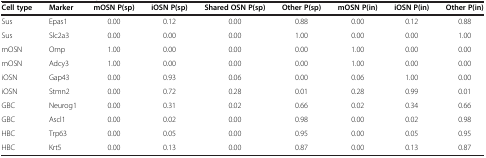
<table><thead><tr><td><b>Cell type</b></td><td><b>Marker</b></td><td><b>mOSN P(sp)</b></td><td><b>iOSN P(sp)</b></td><td><b>Shared OSN P(sp)</b></td><td><b>Other P(sp)</b></td><td><b>mOSN P(in)</b></td><td><b>iOSN P(in)</b></td><td><b>Other P(in)</b></td></tr></thead><tbody><tr><td>Sus</td><td>Epas1</td><td>0.00</td><td>0.12</td><td>0.00</td><td>0.88</td><td>0.00</td><td>0.12</td><td>0.88</td></tr><tr><td>Sus</td><td>Slc2a3</td><td>0.00</td><td>0.00</td><td>0.00</td><td>1.00</td><td>0.00</td><td>0.00</td><td>1.00</td></tr><tr><td>mOSN</td><td>Omp</td><td>1.00</td><td>0.00</td><td>0.00</td><td>0.00</td><td>1.00</td><td>0.00</td><td>0.00</td></tr><tr><td>mOSN</td><td>Adcy3</td><td>1.00</td><td>0.00</td><td>0.00</td><td>0.00</td><td>1.00</td><td>0.00</td><td>0.00</td></tr><tr><td>iOSN</td><td>Gap43</td><td>0.00</td><td>0.93</td><td>0.06</td><td>0.00</td><td>0.06</td><td>1.00</td><td>0.00</td></tr><tr><td>iOSN</td><td>Stmn2</td><td>0.00</td><td>0.72</td><td>0.28</td><td>0.01</td><td>0.28</td><td>0.99</td><td>0.01</td></tr><tr><td>GBC</td><td>Neurog1</td><td>0.00</td><td>0.31</td><td>0.02</td><td>0.66</td><td>0.02</td><td>0.34</td><td>0.66</td></tr><tr><td>GBC</td><td>Ascl1</td><td>0.00</td><td>0.02</td><td>0.00</td><td>0.98</td><td>0.00</td><td>0.02</td><td>0.98</td></tr><tr><td>HBC</td><td>Trp63</td><td>0.00</td><td>0.05</td><td>0.00</td><td>0.95</td><td>0.00</td><td>0.05</td><td>0.95</td></tr><tr><td>HBC</td><td>Krt5</td><td>0.00</td><td>0.13</td><td>0.00</td><td>0.87</td><td>0.00</td><td>0.13</td><td>0.87</td></tr></tbody></table>